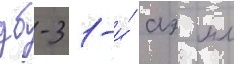
дб-3 1-и́ аэ мл